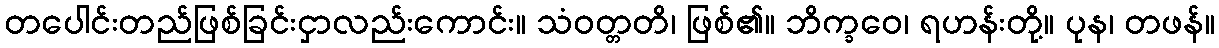
တပေါင်းတည်ဖြစ်ခြင်းငှာလည်းကောင်း။ သံဝတ္တတိ၊ ဖြစ်၏။ ဘိက္ခဝေ၊ ရဟန်းတို့။ ပုန၊ တဖန်။